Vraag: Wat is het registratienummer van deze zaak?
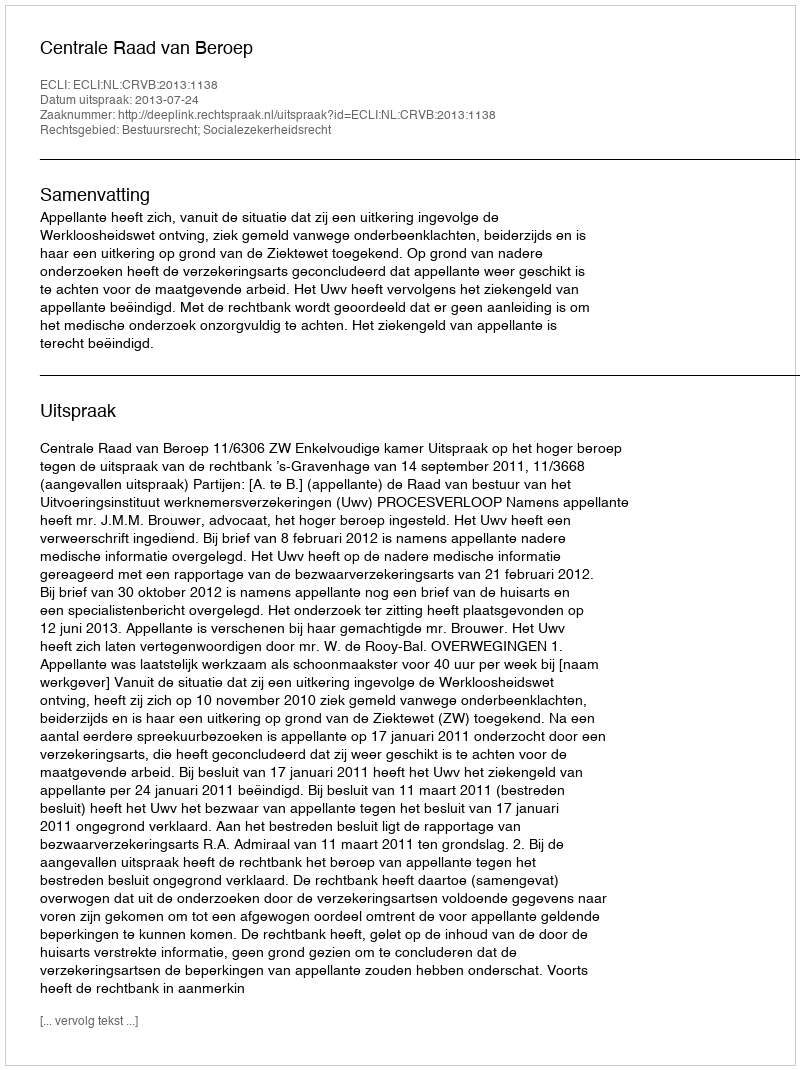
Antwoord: http://deeplink.rechtspraak.nl/uitspraak?id=ECLI:NL:CRVB:2013:1138